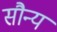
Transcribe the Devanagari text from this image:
सौन्य